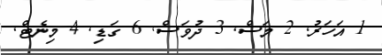
1 އަހަރު